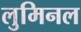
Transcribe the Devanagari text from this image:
लुमिनल